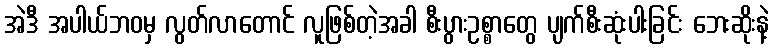
အဲဒီ အပါယ်ဘဝမှ လွတ်လာတောင် လူဖြစ်တဲ့အခါ စီးပွားဥစ္စာတွေ ပျက်စီးဆုံးပါးခြင်း ဘေးဆိုးနဲ့